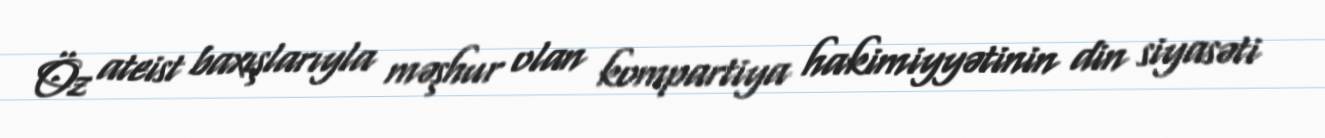
Öz ateist baxışlarıyla məşhur olan kompartiya hakimiyyətinin din siyasəti